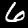
Digit: 6